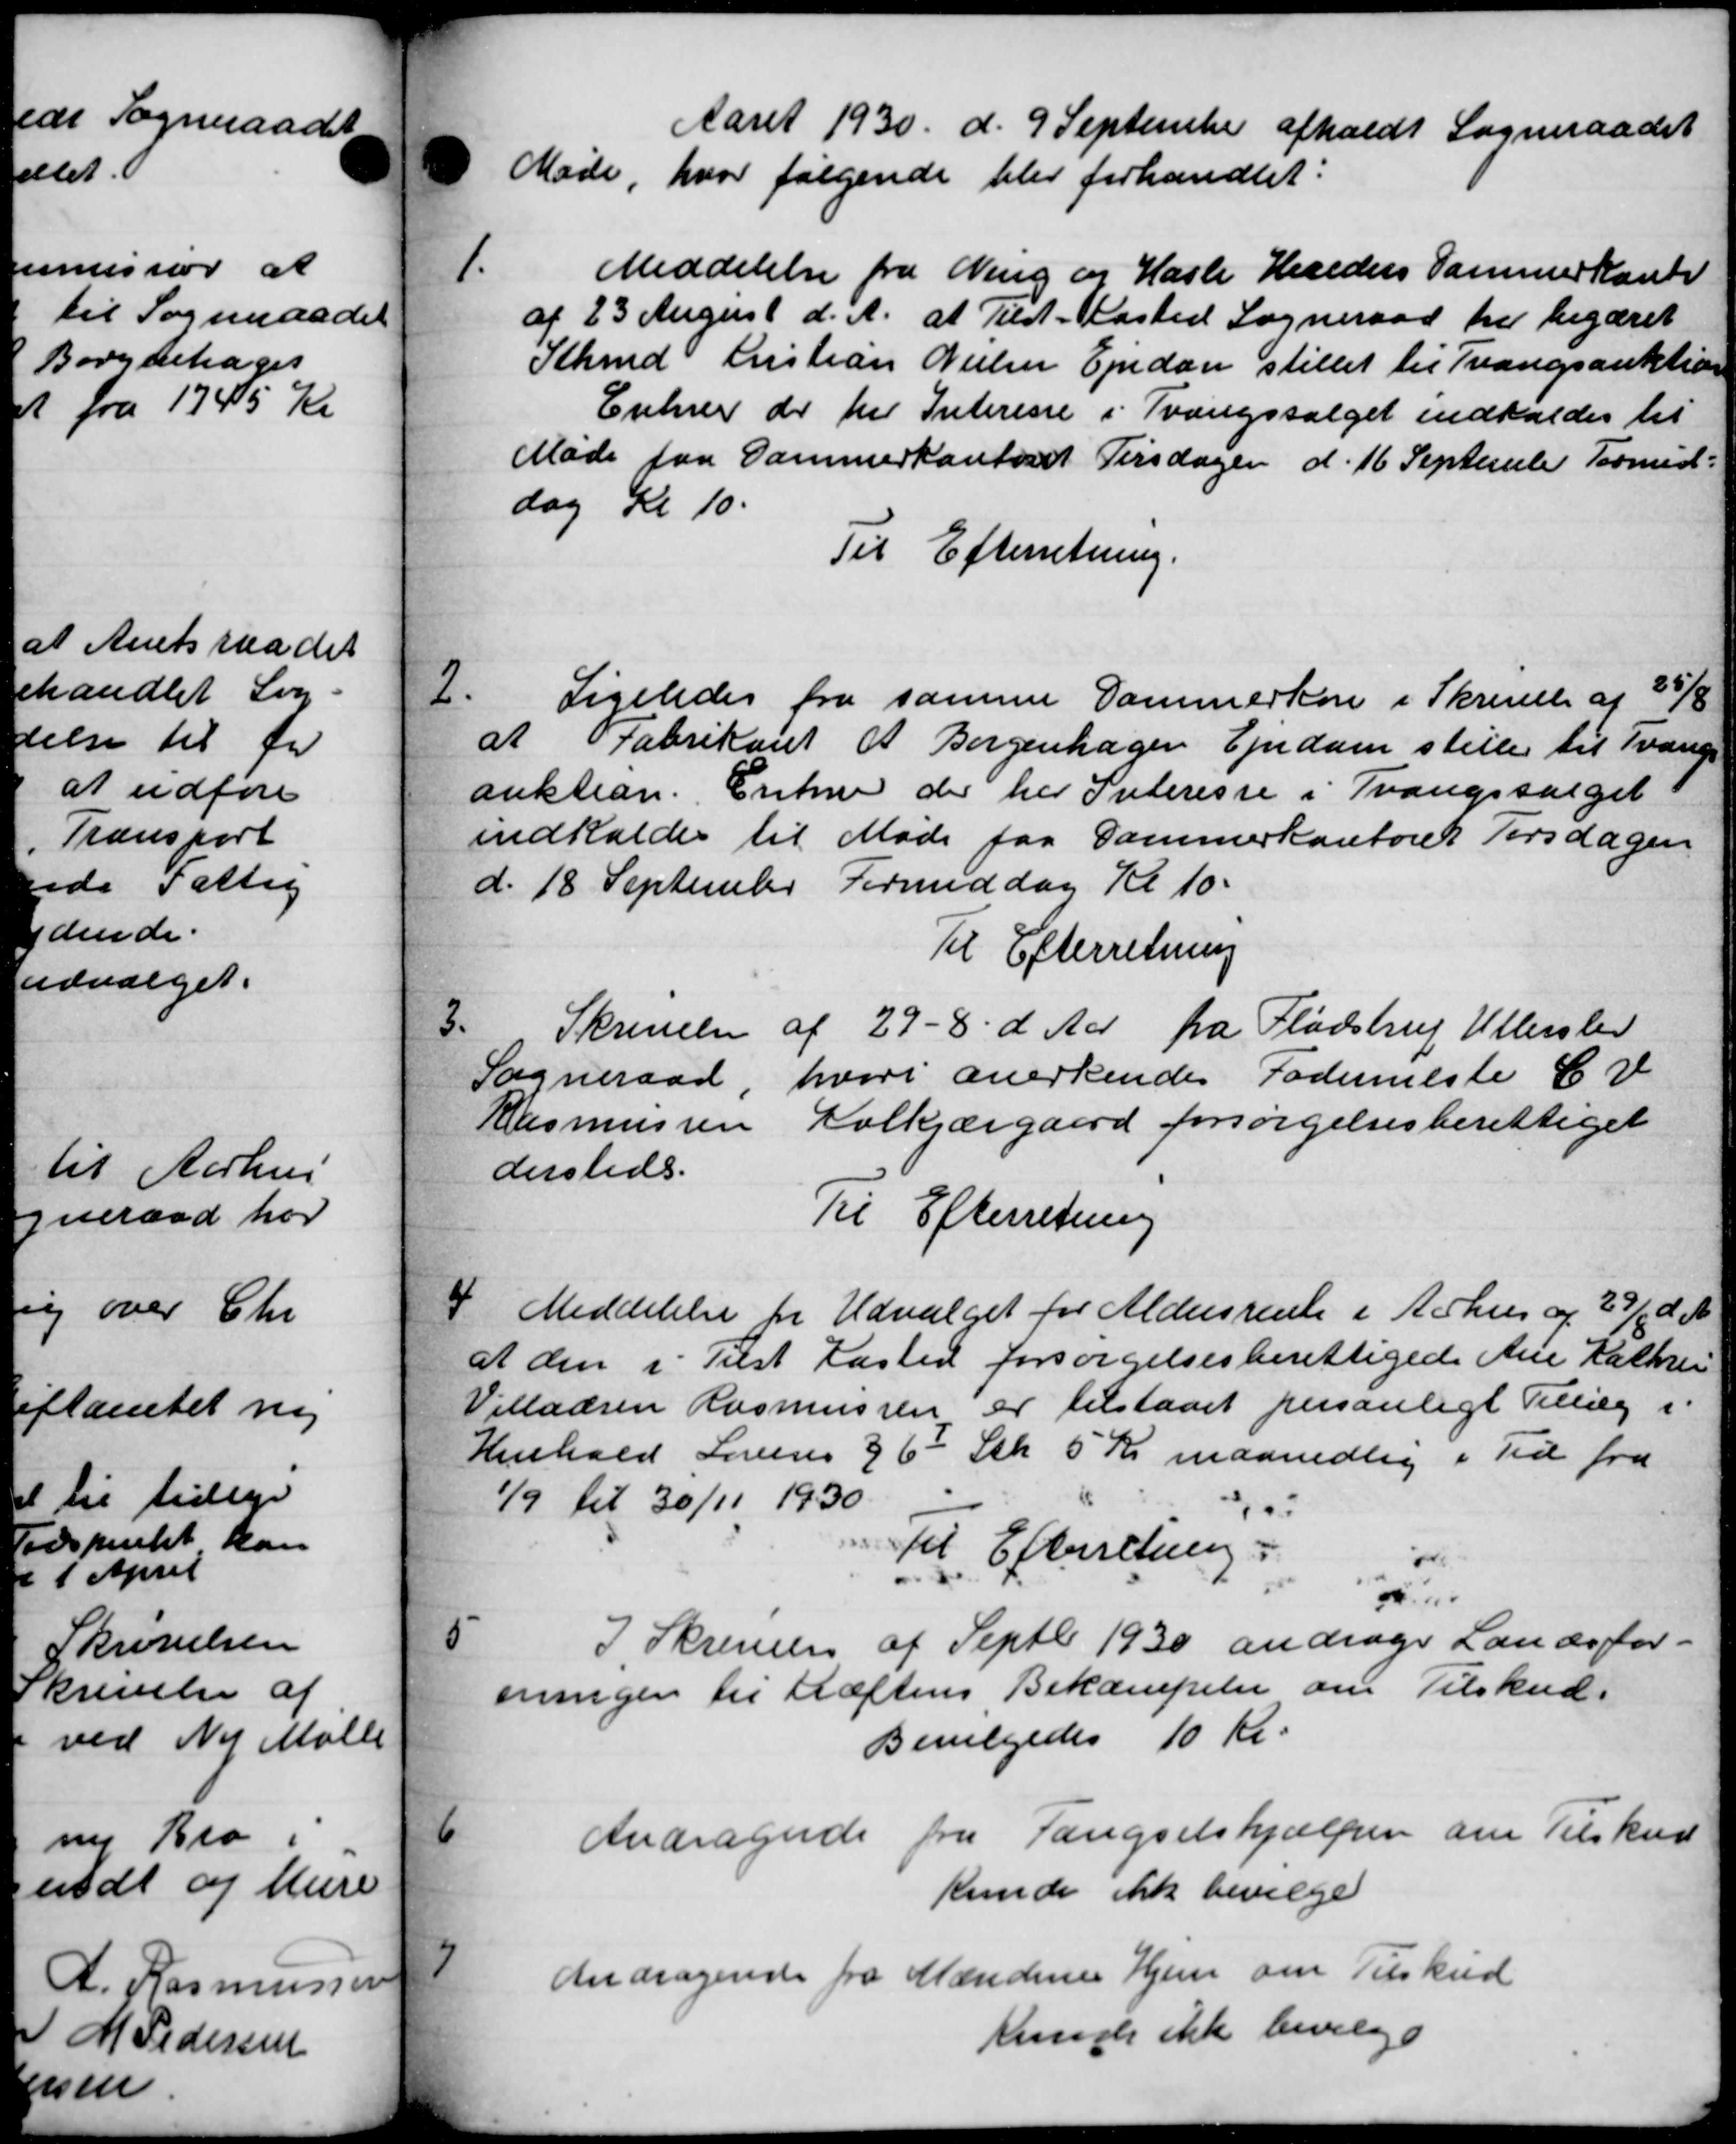
Transskription:
Aaret 1930 d. 9 September afholdt Sogneraadet
Møde, hvor følgende blev forhandlet:
1.
Meddelelse fra Ning og Hasle Hereders Sammer Kontr
af 23 August d. A. at Tilst-Kasted Sogneraad har begæret
Sthmd Kristian Nielsen Ejendom stillet til Tvangsauktion
Enhver de har Interesse i Tvangssalget indkaldes til
Møde paa Gammerkontoret Tirsdagen d. 16 September Tormid-
dag Kl 10.
Til Efterretning.
2
Ligeledes fra samme Dammerken i Skrivelse af 25/8
at Fabrikant A Borgenhager Ejendom stiller til Tvangs
auktion. Enkne der her Interesse i Tvangsvalget
indkaldes til Møde paa Sammerkontorer Tirsdagen
d. 18 September Formiddag Kl 10.
Til Efterretning
3
Skrivelse af 29 - 8 d. Aar fra Fladstrup Ullerslev
Sogneraad hvori anerkendes Fodermeste C. V
Rasmussen Volkjærgaard forsørgelsesberettiget
dersteds.
Til Efterretning
4
Meddelelse for Udvalget for Aldersrente i Århus og 29/6 d. A.
at den i Tilst Fasted forsørgelsesberettigede Ane Kathrin
illadsen Rasmussen er tilstaaet personligt Tillæg i
Henhold Lovens § 6 Stk 5 Kr maanedlig i Tid fra
1/9 til 30/11 1930
Til Efterretning.
m
5
I Skrivelse af Septbr 1930 andrage Landsfor-
eningen til Hæftens Bekæmpelse om Tilskud.
Bevilgedes 10 kr.

Andragende fra Fængselshjælpen om Tilskud
kunde ikke bevilge

Andragende fra Mændenes Hjem om Tilskud
kunde ikke bevilge